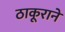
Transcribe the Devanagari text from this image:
ठाकूराने